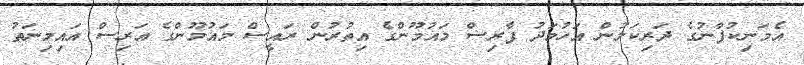
އެމަނިކުފާނުގެ ދަރިކަލުން އަހުމަދު ފާރިސް މައުމޫންގެ އިތުރުން ރައީސް މައުމޫންގެ އަރިސް އައިމިނަތު